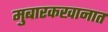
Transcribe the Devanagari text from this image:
मुबारकखानात